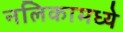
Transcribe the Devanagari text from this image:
नलिकामध्ये